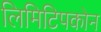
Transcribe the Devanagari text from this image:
लिमिटिपकोन